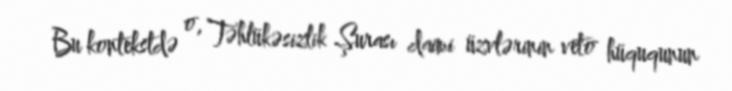
Bu kontekstdə o, Təhlükəsizlik Şurası daimi üzvlərinin veto hüququnun